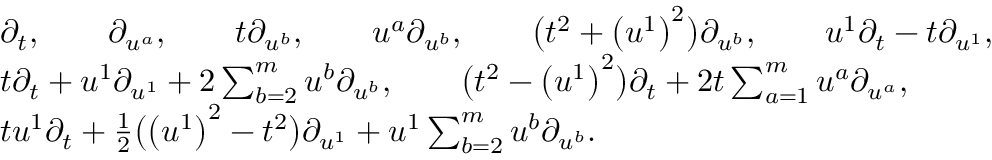
\begin{array} { r l } & { \partial _ { t } , \qquad \partial _ { u ^ { a } } , \qquad t \partial _ { u ^ { b } } , \qquad u ^ { a } \partial _ { u ^ { b } } , \qquad \bigl ( t ^ { 2 } + \bigl ( u ^ { 1 } \bigr ) ^ { 2 } \bigr ) \partial _ { u ^ { b } } , \qquad u ^ { 1 } \partial _ { t } - t \partial _ { u ^ { 1 } } , } \\ & { t \partial _ { t } + u ^ { 1 } \partial _ { u ^ { 1 } } + 2 \sum _ { b = 2 } ^ { m } u ^ { b } \partial _ { u ^ { b } } , \qquad \bigl ( t ^ { 2 } - \bigl ( u ^ { 1 } \bigr ) ^ { 2 } \bigr ) \partial _ { t } + 2 t \sum _ { a = 1 } ^ { m } u ^ { a } \partial _ { u ^ { a } } , } \\ & { t u ^ { 1 } \partial _ { t } + \frac { 1 } { 2 } \bigl ( \bigl ( u ^ { 1 } \bigr ) ^ { 2 } - t ^ { 2 } \bigr ) \partial _ { u ^ { 1 } } + u ^ { 1 } \sum _ { b = 2 } ^ { m } u ^ { b } \partial _ { u ^ { b } } . } \end{array}